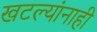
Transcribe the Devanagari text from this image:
खटल्यांनाही